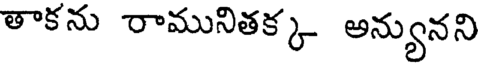
తాకను రామునితక్క అన్యునని